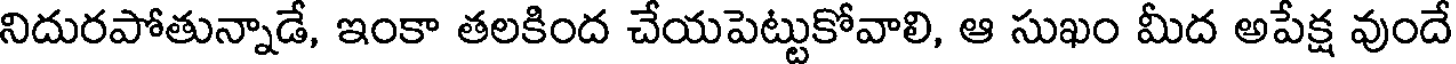
నిదురపోతున్నాడే, ఇంకా తలకింద చేయపెట్టుకోవాలి, ఆ సుఖం మీద అపేక్ష వుందే